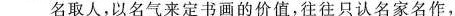
名取人，以名气来定书画的价值，往往只认名家名作，